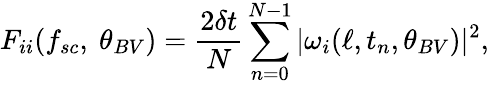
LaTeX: F_{ii}(f_{sc},~\theta_{BV})=\frac{2\delta t}{N}\sum_{n=0}^{N-1}|\omega_{i}(\ell,t_{n},\theta_{BV})|^{2},